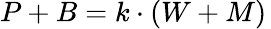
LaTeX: \textstyle P+B=k\cdot(W+M)\,